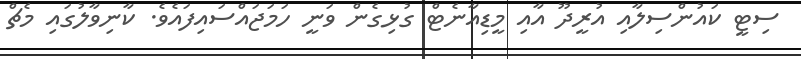
ސިޓީ ކައުންސިލާއި އުރީދޫ އާއި މީޑިއާނެޓް ގުޅިގެން ވަނީ ހަމަޖައްސައިފައެވެ. ކާނިވާލުގައި މެޗް